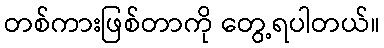
တစ်ကားဖြစ်တာကို တွေ့ရပါတယ်။